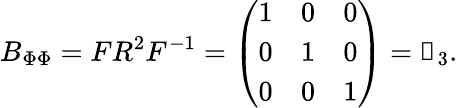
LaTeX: B_{\Phi\Phi}=FR^{2}F^{-1}=\left(\begin{array}{lll}{1}&{0}&{0}\\ {0}&{1}&{0}\\ {0}&{0}&{1}\end{array}\right)=\mathbb{1}_{3}.